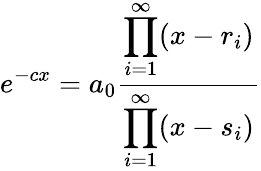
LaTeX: e^{-cx}=a_{0}{\frac{\displaystyle\prod_{i=1}^{\infty}(x-r_{i})}{\displaystyle\prod_{i=1}^{\infty}(x-s_{i})}}